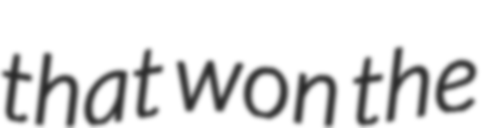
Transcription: that won the